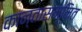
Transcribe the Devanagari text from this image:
कान्तासम्मित